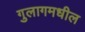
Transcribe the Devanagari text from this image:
गुलागमधील